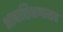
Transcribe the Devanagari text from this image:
भाषाशिक्षणासह